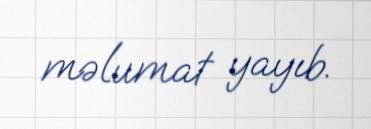
məlumat yayıb.